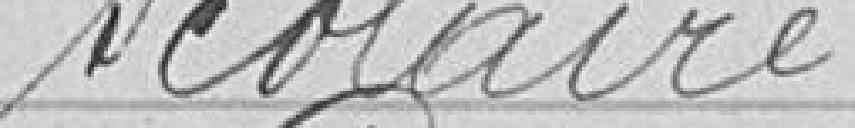
scolaire